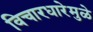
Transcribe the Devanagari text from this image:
विचारधारेमुळे